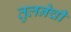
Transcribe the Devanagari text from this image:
तुलनेची